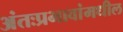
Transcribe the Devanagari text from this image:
अंतःप्रभावांमधील